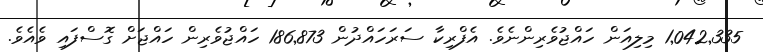
1